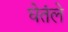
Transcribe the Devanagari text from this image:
घेतंले